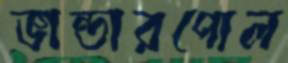
ভান্ডারপোল